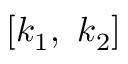
[ k _ { 1 } , \ k _ { 2 } ]